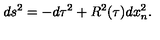
d s ^ { 2 } = - d \tau ^ { 2 } + R ^ { 2 } ( \tau ) d x _ { n } ^ { 2 } .